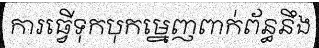
ការធ្វើទុកបុកម្នេញពាក់ព័ន្ធនឹង